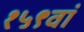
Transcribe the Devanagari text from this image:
१५९वां